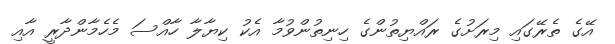
އޭގެ ތެރޭގައި މިރަށުގެ ރައްޔިތުންގެ ހިނިތުންވުމާ އެކު ކިޔާލާ ހާއްސަ މެހެމާންދާރީ އާއި